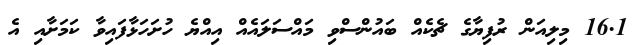
16.1 މިލިއަން ރުފިޔާގެ ޗެކެއް ބައުންސްވި މައްސަލައެއް އިއްޔެ ހުށަހަޅާފައިވާ ކަމަށާއި އެ